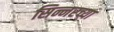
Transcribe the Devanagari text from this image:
सिन्नरच्या